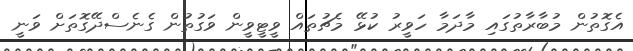
އެގޮތުން މުބާރާތުގައި މާދަމާ ހަވީރު ކުޅޭ މެޗުތައް ވީޓީވީން ވަގުތުން ގެނެސްދޭގޮތަށް ވަނީ